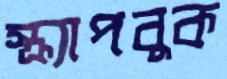
স্ক্র্যাপবুক